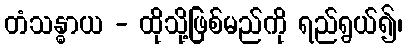
တံသန္ဓာယ - ထိုသို့ဖြစ်မည်ကို ရည်ရွယ်၍၊